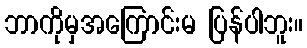
ဘာကိုမှအကြောင်းမ ပြန်ပါဘူး။